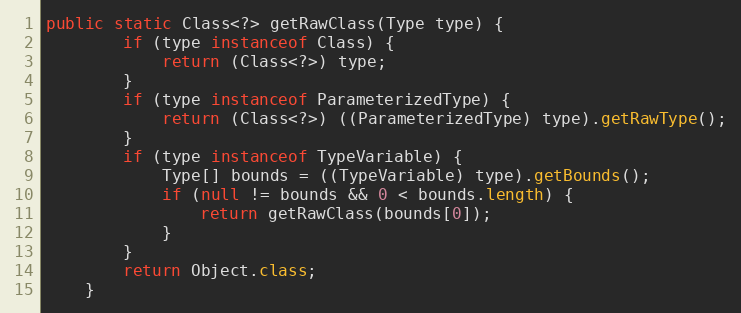
Language: Java
public static Class<?> getRawClass(Type type) {
        if (type instanceof Class) {
            return (Class<?>) type;
        }
        if (type instanceof ParameterizedType) {
            return (Class<?>) ((ParameterizedType) type).getRawType();
        }
        if (type instanceof TypeVariable) {
            Type[] bounds = ((TypeVariable) type).getBounds();
            if (null != bounds && 0 < bounds.length) {
                return getRawClass(bounds[0]);
            }
        }
        return Object.class;
    }